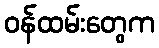
ဝန်ထမ်းတွေက